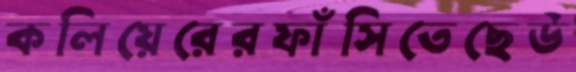
কলিয়েরেরফাঁসিতেছেউ